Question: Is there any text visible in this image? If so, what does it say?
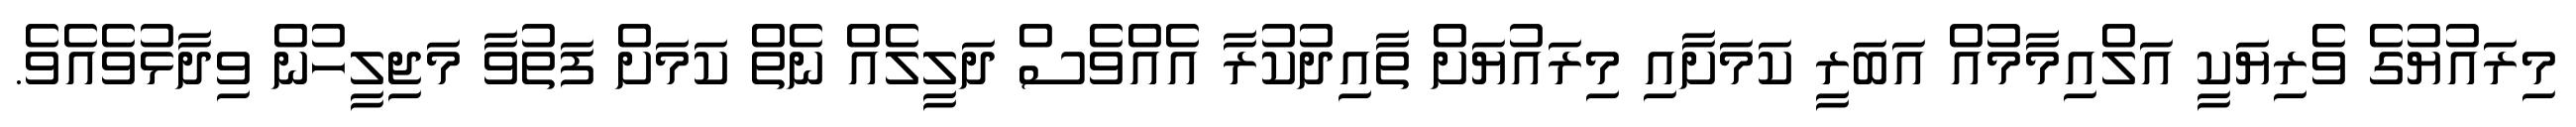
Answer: މިރައުޔުގެ ވެރިޔަކީ އަލްއިމާމުއް އަބަރީ ކަމަށާއި މިރައުޔަށް ތާއިދުކުރާ އެއްވެސް ދަލީލެއް ނެތް ކަމަށް ފަތުވާ މަޖިލީހުން ވިދާޅުވެއެވެ.